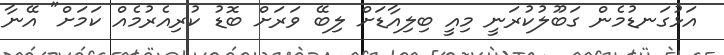
އަޅުގަނޑުމެން ގަބޫލުކުރަނީ މިއީ ބިލިއާޑަށް ލިބޭ ވަރަށް ބޮޑު ކުރިއެރުމެއް ކަމަށް" އޭނާ